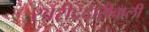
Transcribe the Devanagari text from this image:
खरीददारीवाली